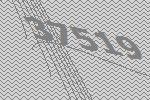
37519